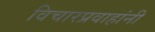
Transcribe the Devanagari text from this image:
विचारप्रवाहांनी